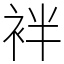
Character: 袢